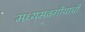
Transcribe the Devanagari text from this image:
मध्यमवर्गीयांची